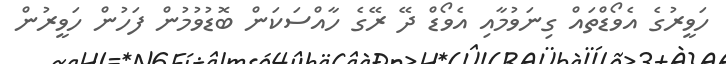
ހަވީރުގެ އެވޯޑްތައް ގިނަވުމާއި އެވޯޑް ދޭ ރޭގެ ހާއްސަކަން ބޮޑުވުމުން ފަހުން ހަވީރުން